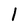
Character: 1